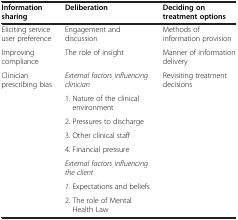
| Information sharing | Deliberation | Deciding on treatment options |
 | --- | --- | --- |
 | Eliciting service user preference | Engagement and discussion | Methods of information provision |
 | Improving compliance | The role of insight | Manner of information delivery |
 | <ROWSPAN=5> Clinician prescribing bias | External factors influencing clinician | <ROWSPAN=5> Revisiting treatment decisions |
 | 1. Nature of the clinical environment |
 | 2. Pressures to discharge |
 | 3. Other clinical staff |
 | 4. Financial pressure |
 | <ROWSPAN=2>  | External factors influencing the client | <ROWSPAN=2>  |
 | 1. Expectations and beliefs |
 |  | 2. The role of Mental Health Law |  |